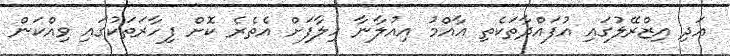
އަދި އިޒްރޭލުގައި އުފައްދާތަކެތި އާއްމު އިއުލާނާ ހިލާފަށް އެތެރެ ކޮށް ފިހާރަތަކުގައި ވިއްކަން